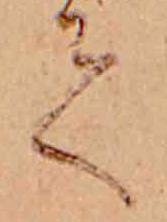
て